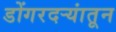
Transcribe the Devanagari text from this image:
डोंगरदर्‍यांतून